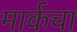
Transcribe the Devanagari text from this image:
मार्कचा